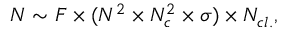
N \sim F \times ( N ^ { 2 } \times N _ { c } ^ { 2 } \times \sigma ) \times N _ { c l . } ,